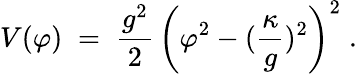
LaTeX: V(\varphi)\; =\; \frac{g^{2}}{2}\, \left(\varphi^{2}-(\frac{\kappa}{g})^{2}\right)^{2}\; .